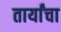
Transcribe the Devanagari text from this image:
तार्यांचा